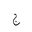
Letter: _gim